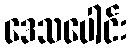
ဒေသပေါင်း